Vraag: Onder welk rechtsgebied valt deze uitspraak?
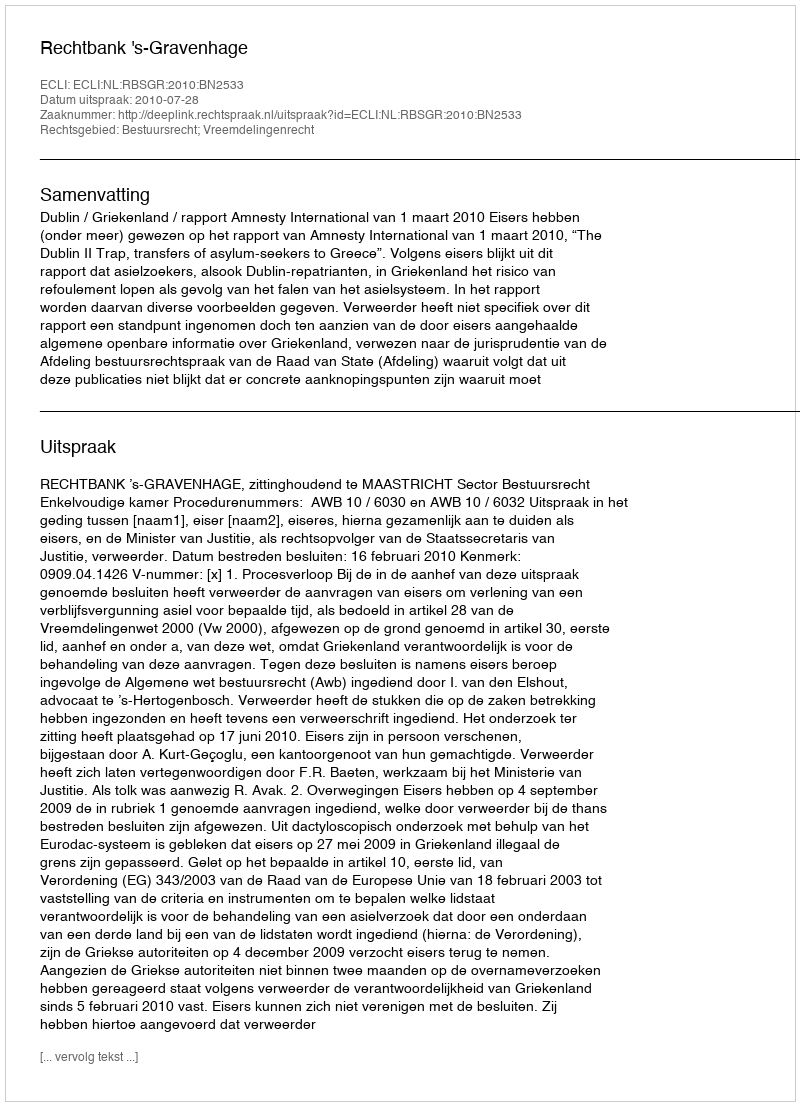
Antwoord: Bestuursrecht; Vreemdelingenrecht